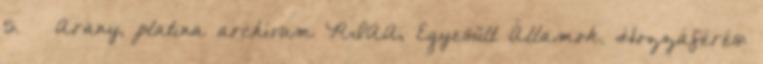
5. ↑ Arany, platina archívum RIAA, Egyesült Államok. Hozzáférés: